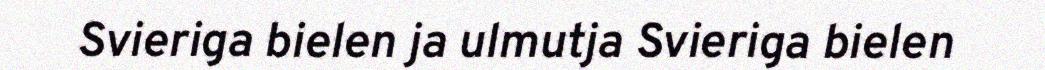
Svieriga bielen ja ulmutja Svieriga bielen